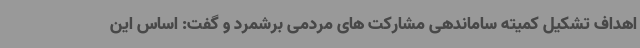
اهداف تشکیل کمیته ساماندهی مشارکت های مردمی برشمرد و گفت: اساس این